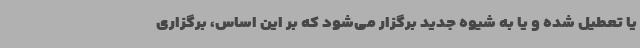
یا تعطیل شده و یا به شیوه جدید برگزار می‌شود که بر این اساس، برگزاری